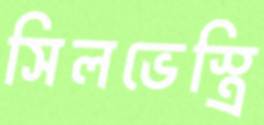
সিলভেস্ত্রি